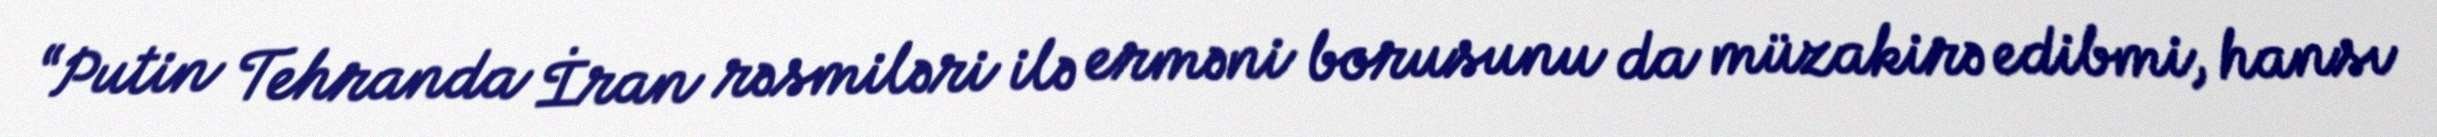
“Putin Tehranda İran rəsmiləri ilə erməni borusunu da müzakirə edibmi, hansı